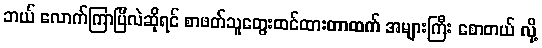
ဘယ် လောက်ကြာပြီလဲဆိုရင် စာဖတ်သူတွေးထင်ထားတာထက် အများကြီး စောတယ် လို့